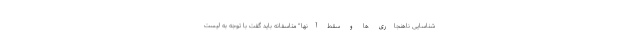
شناسایی ناهنجاری ها و سقط آنها" متاسفانه باید گفت با توجه به لیست